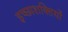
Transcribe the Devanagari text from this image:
इच्छाशक्तियों